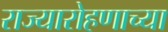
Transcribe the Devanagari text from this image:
राज्यारोहणाच्या